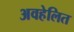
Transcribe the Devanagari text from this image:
अवहेलित